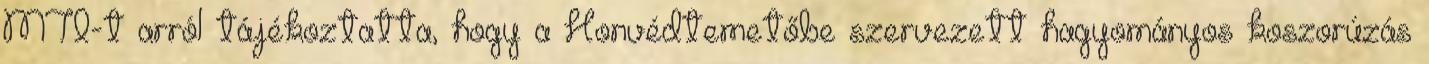
MTI-t arról tájékoztatta, hogy a Honvédtemetőbe szervezett hagyományos koszorúzás